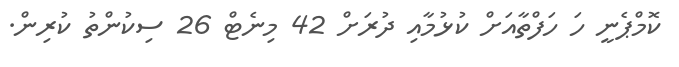
ކޮމްޕެނީ ހަ ހަފްތާއަށް ކުޅުމާއި ދުރަށް 42 މިނެޓް 26 ސިކުންތު ކުރިން.